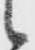
候